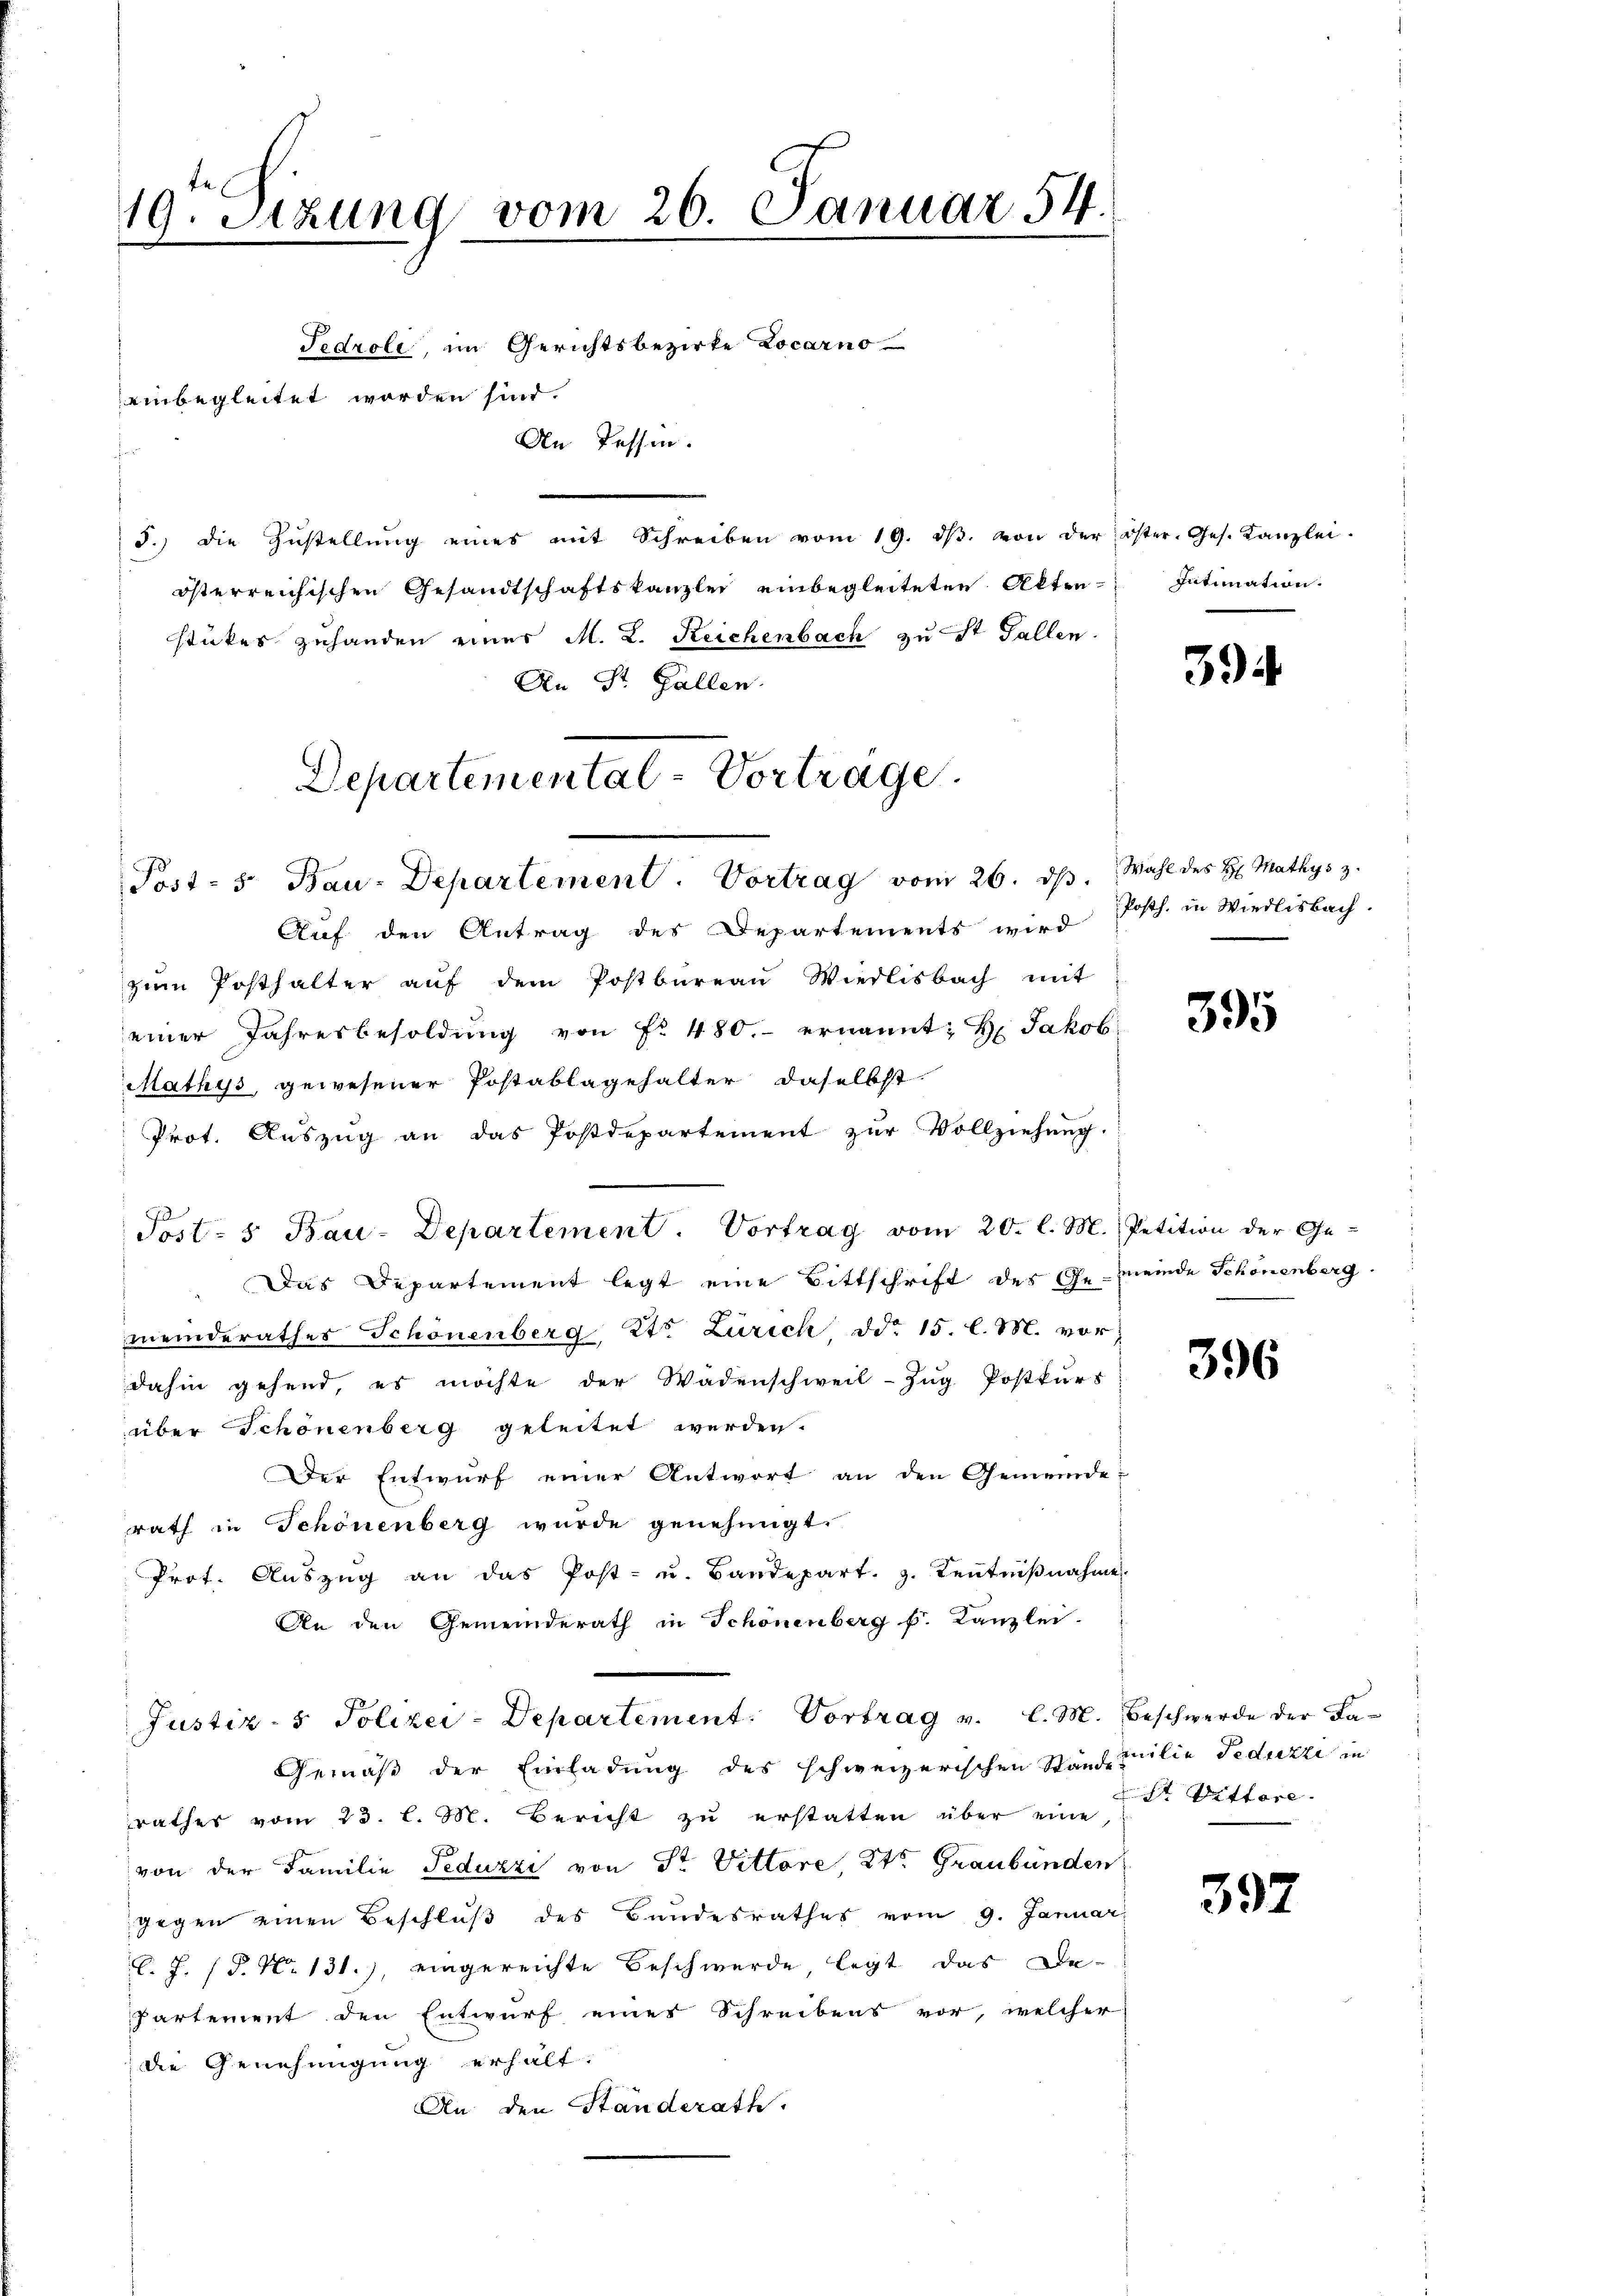
19. Setzung vom 26. Januar 54.

einbegleitet worden sind.
s

Tedroli, im Gerichtsbezirke Locarno
An Tessin.

Departemental-Vortrage.
Post- 5. Bau-Departement. Vortrag vom 26. ds. Wahl des H. Mathys z.

3.) die Zŭstellŭng eines mit Schreiben vom 19. dβ. von der öster. Ges. Kanzlei.
österreichischen Gesandtschaftskanzlei einbegleiteten Akten Intimation.
stückes zuhanden einer M. D. Reichenbach zu St. Gallen.
An St. Gallen.
Auf den Antrag des Departements wird
zŭm Posthalter aŭf dem Postbüreaŭ Wiedlisbach mit
einer Jahresbesoldŭng von fr. 480. ernannt: Hr. Jakob
Mathys, gewesener Postablagehalter daselbst.
Prot. Auszug an das Postdepartement zur Vollziehung.
Post- 5. Bau-Departement. Vortrag vom 20. l. M. Petition der Ge-
Das Departement legt eine Bittschrift des Gemeinde Schönenberg
meinderathes Schönenberg, Kts. Zürich, ddo 15. l. M. vor
dahin gehend es möchte der Wädenschweil-Zŭg Postkurs
über Schönenberg geleitet werden.
Der Entwurf einer Antwort an den Gemeinde-
rath in Schönenberg wurde genehmigt.
Prot. Aŭszŭg an das Post- u. Baudepart. 3. Keṅtniβnahme
An den Gemeinderath in Schönenberg f. Kanzlei-
Justiz- & Polizei-Departement. Vortrag v. l. M. Beschwerde der La¬
Gemäß der Einladung des schweizerischen Staafmilie Feduzzi in
rathes vom 23. l. M. Bericht zu erstatten über eine Dr. Vittore.
von der Familie Feduzzi von Sr. Vittore, 2te Graubünden
gegen einen Beschluß des Bundesrathes vom 9. Januar
C. J. (T. No 131.), eingereichte Beschwerde, legt das De-
Partement den Entwurf eines Schreibens vor, welcher
die Genehmigung erhält.
An den Standerath.

394

Posth. in Wiedlisbach.

395

396

397